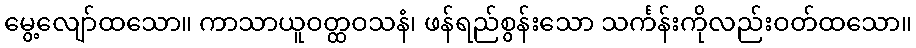
မွေ့လျော်ထသော။ ကာသာယူဝတ္ထဝသနံ၊ ဖန်ရည်စွန်းသော သင်္ကန်းကိုလည်းဝတ်ထသော။